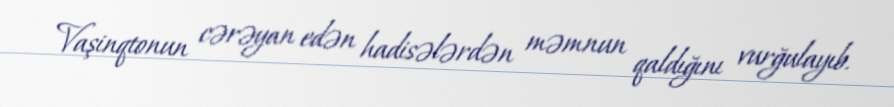
Vaşinqtonun cərəyan edən hadisələrdən məmnun qaldığını vurğulayıb.